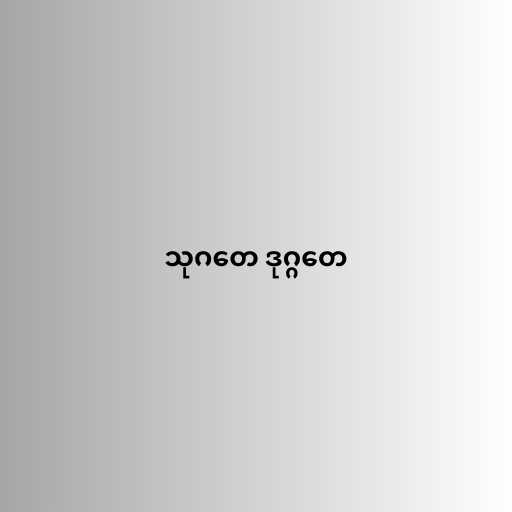
သုဂတေ ဒုဂ္ဂတေ